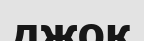
джок